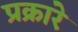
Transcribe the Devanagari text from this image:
प्रक्रारे